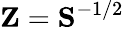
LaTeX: {\mathbf Z}={\mathbf S}^{-1/2}